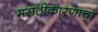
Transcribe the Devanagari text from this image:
मराठीकारणाचा